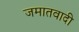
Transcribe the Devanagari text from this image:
जमातवादी